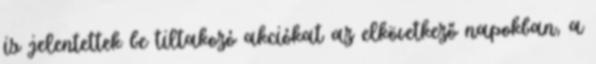
is jelentettek be tiltakozó akciókat az elkövetkező napokban, a